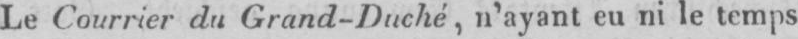
Le Courrier du Grand-Duché, n’ayant eu ni le temps